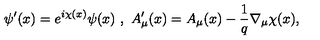
\psi ^ { \prime } ( x ) = e ^ { i \chi ( x ) } \psi ( x ) \ , \ A _ { \mu } ^ { \prime } ( x ) = A _ { \mu } ( x ) - \frac { 1 } { q } \nabla _ { \mu } \chi ( x ) ,